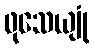
ဖုသေယျုံ